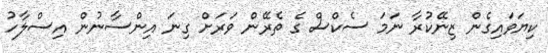
ކިޔަވައިގެން ޒިނޭކުރާ ނަމަ ސެކްސް ގެ ތެރޭން ވަރަށް ގިނަ އިންސާނުން އިސްލާހު